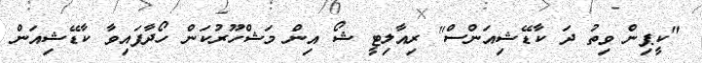
"ކީޕިން ވިތު ދަ ކާޑޭޝިއަންސް" ރިއާލިޓީ ޝޯ އިން މަޝްހޫރުކަން ހޯދާފައިވާ ކާޑޭޝިއަން